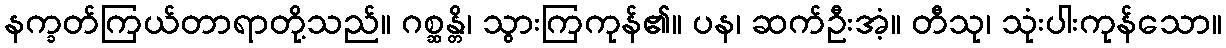
နက္ခတ်ကြယ်တာရာတို့သည်။ ဂစ္ဆန္တိ၊ သွားကြကုန်၏။ ပန၊ ဆက်ဦးအံ့။ တီသု၊ သုံးပါးကုန်သော။